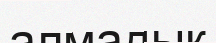
алмадык